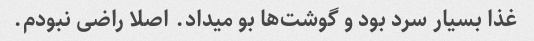
غذا بسیار سرد بود و گوشت‌ها بو میداد. اصلا راضی نبودم.